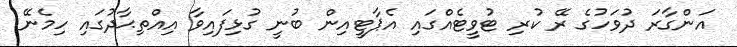
އަންގާރަ ދުވަހުގެ ރޭ ކުރި ޓުވީޓެއްގައި އެޕާޓީއިން ބުނީ ގުޅިފައިވާ އިއްތިޙާދުގައި ހިމެނޭ